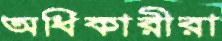
অধিকারীরা